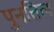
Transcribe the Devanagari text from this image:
पुनत्तिल